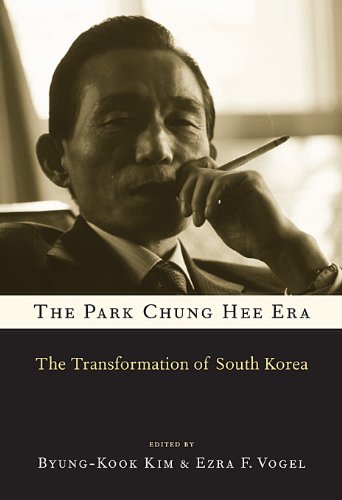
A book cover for The Park Chung Hee Era: The Transformation of South Korea; History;